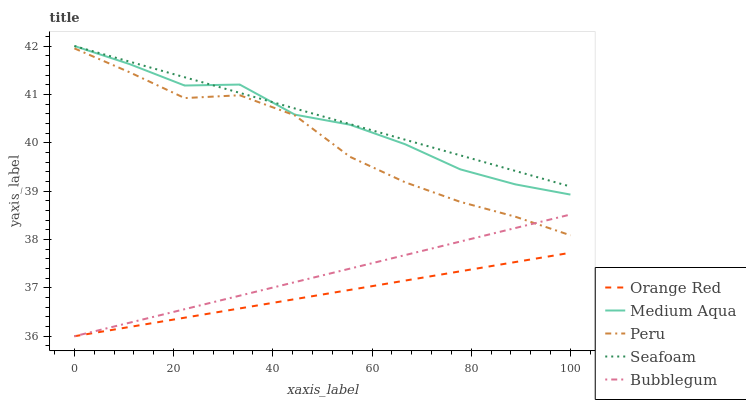
| xaxis_label | Orange Red | Medium Aqua | Peru | Seafoam | Bubblegum |
 | --- | --- | --- | --- | --- | --- |
 | 0 | 36 | 42 | 42 | 42 | 36 |
 | 11.1 | 36.2 | 41.6 | 41.5 | 41.7 | 36.3 |
 | 22.2 | 36.4 | 41.2 | 40.9 | 41.4 | 36.6 |
 | 33.3 | 36.6 | 41.2 | 41 | 41 | 36.8 |
 | 44.4 | 36.8 | 40.6 | 40.6 | 40.7 | 37.1 |
 | 55.6 | 37 | 40.4 | 39.7 | 40.4 | 37.4 |
 | 66.7 | 37.2 | 40 | 39.2 | 40.1 | 37.7 |
 | 77.8 | 37.3 | 39.5 | 38.8 | 39.7 | 38 |
 | 88.9 | 37.5 | 39.1 | 38.5 | 39.4 | 38.2 |
 | 100 | 37.7 | 38.9 | 38.1 | 39.1 | 38.5 |